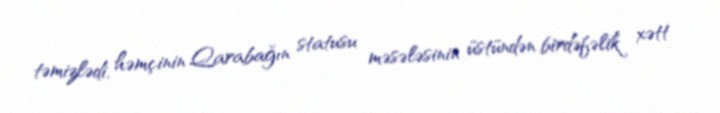
təmizlədi, həmçinin Qarabağın statusu məsələsinin üstündən birdəfəlik xətt